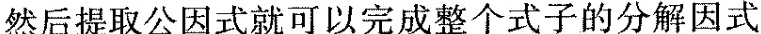
然后提取公因式就可以完成整个式子的分解因式